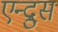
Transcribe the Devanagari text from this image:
एन्द्रुस